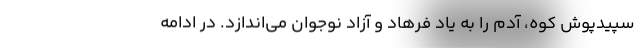
سپيدپوش كوه، آدم را به ياد فرهاد و آزاد نوجوان مي‌اندازد. در ادامه